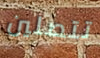
تتصلين